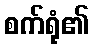
စက်ရုံ၏